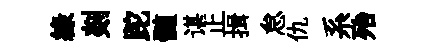
緑剡跎髄谌止揖怠仇系殆